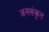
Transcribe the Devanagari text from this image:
अनसंकृत